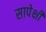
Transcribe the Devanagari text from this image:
सापेक्षी